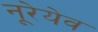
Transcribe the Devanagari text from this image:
नूरेयेव